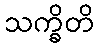
သက္ခိတိ